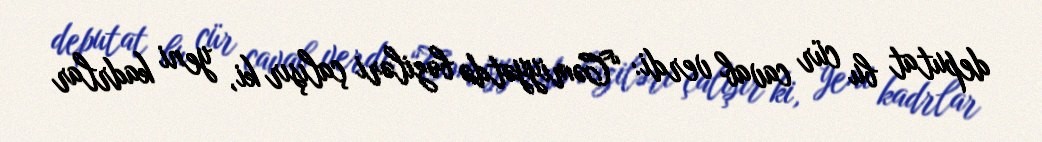
deputat bu cür cavab verdi: “Cəmiyyətdə bəziləri çalışır ki, yeni kadrlar